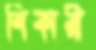
শিকারী